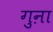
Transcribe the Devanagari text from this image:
गुऩा